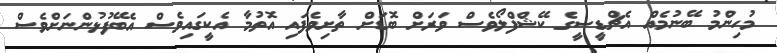
މުހިންމު ބޭނުމެއް އެޗްޑީސީގެ ކޭޝްފްލޯވެސް ވަރަށް ބޮޑަށް ތާށިވެފައި އޮތުމާ އެކީގައިވެސް އެބޭފުޅުންނަށްވެސް